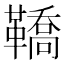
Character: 鞽